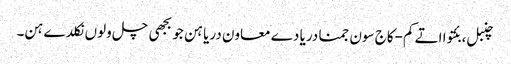
چنبل، بئتوا اتے کم-کاج سون جمنا دریا دے معاون دریا ہن جو بجھی چل ولوں نکلدے ہن۔